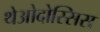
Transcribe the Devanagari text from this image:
थेओदोस्सिस